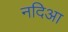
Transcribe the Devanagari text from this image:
नदिआ